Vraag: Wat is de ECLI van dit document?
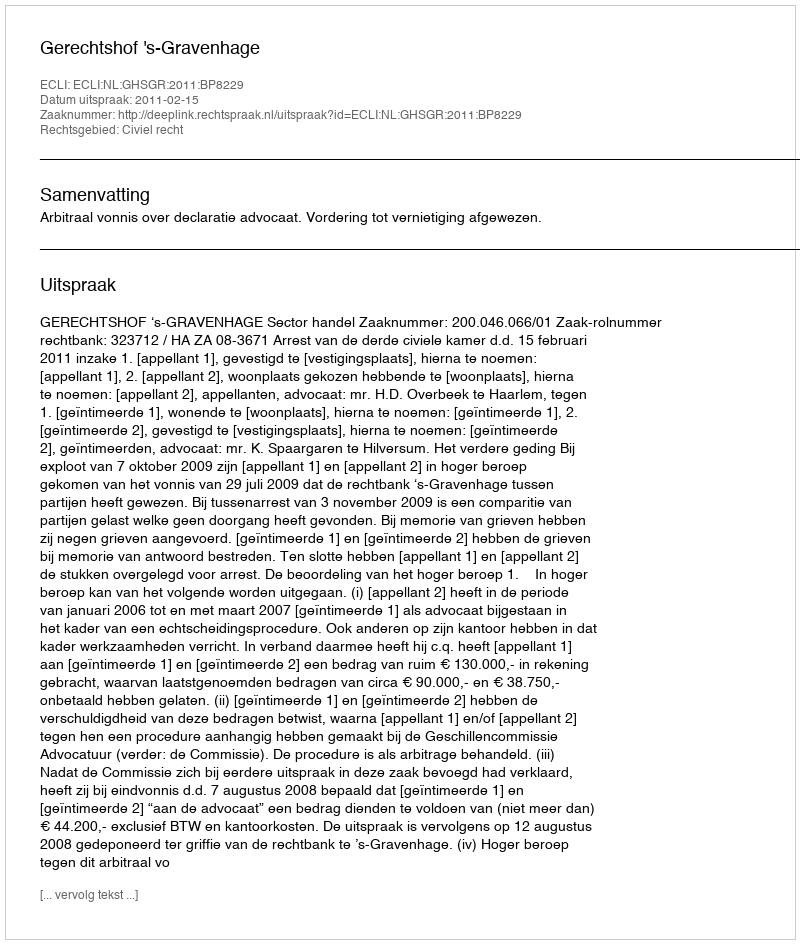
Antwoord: ECLI:NL:GHSGR:2011:BP8229